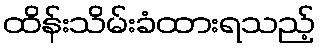
ထိန်းသိမ်းခံထားရသည့်